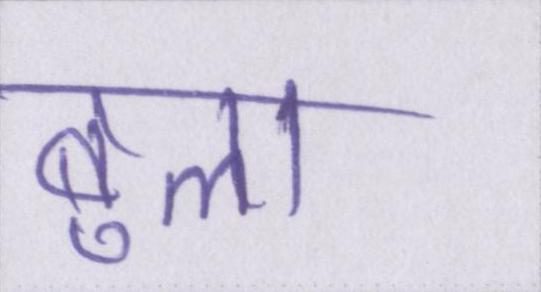
बुला